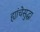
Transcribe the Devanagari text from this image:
ह्यांचेसुद्धा